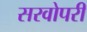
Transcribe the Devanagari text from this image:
सरवोपरी